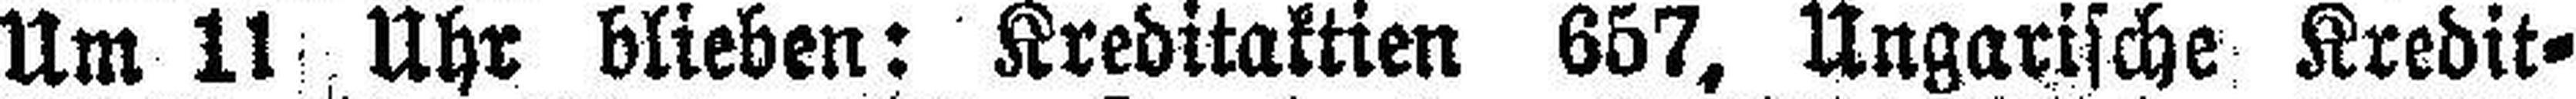
Um 11 Uhr blieben: Kreditaktien 657, Ungarische Kredit¬